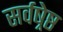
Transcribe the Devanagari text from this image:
सर्वष्रेष्ठ